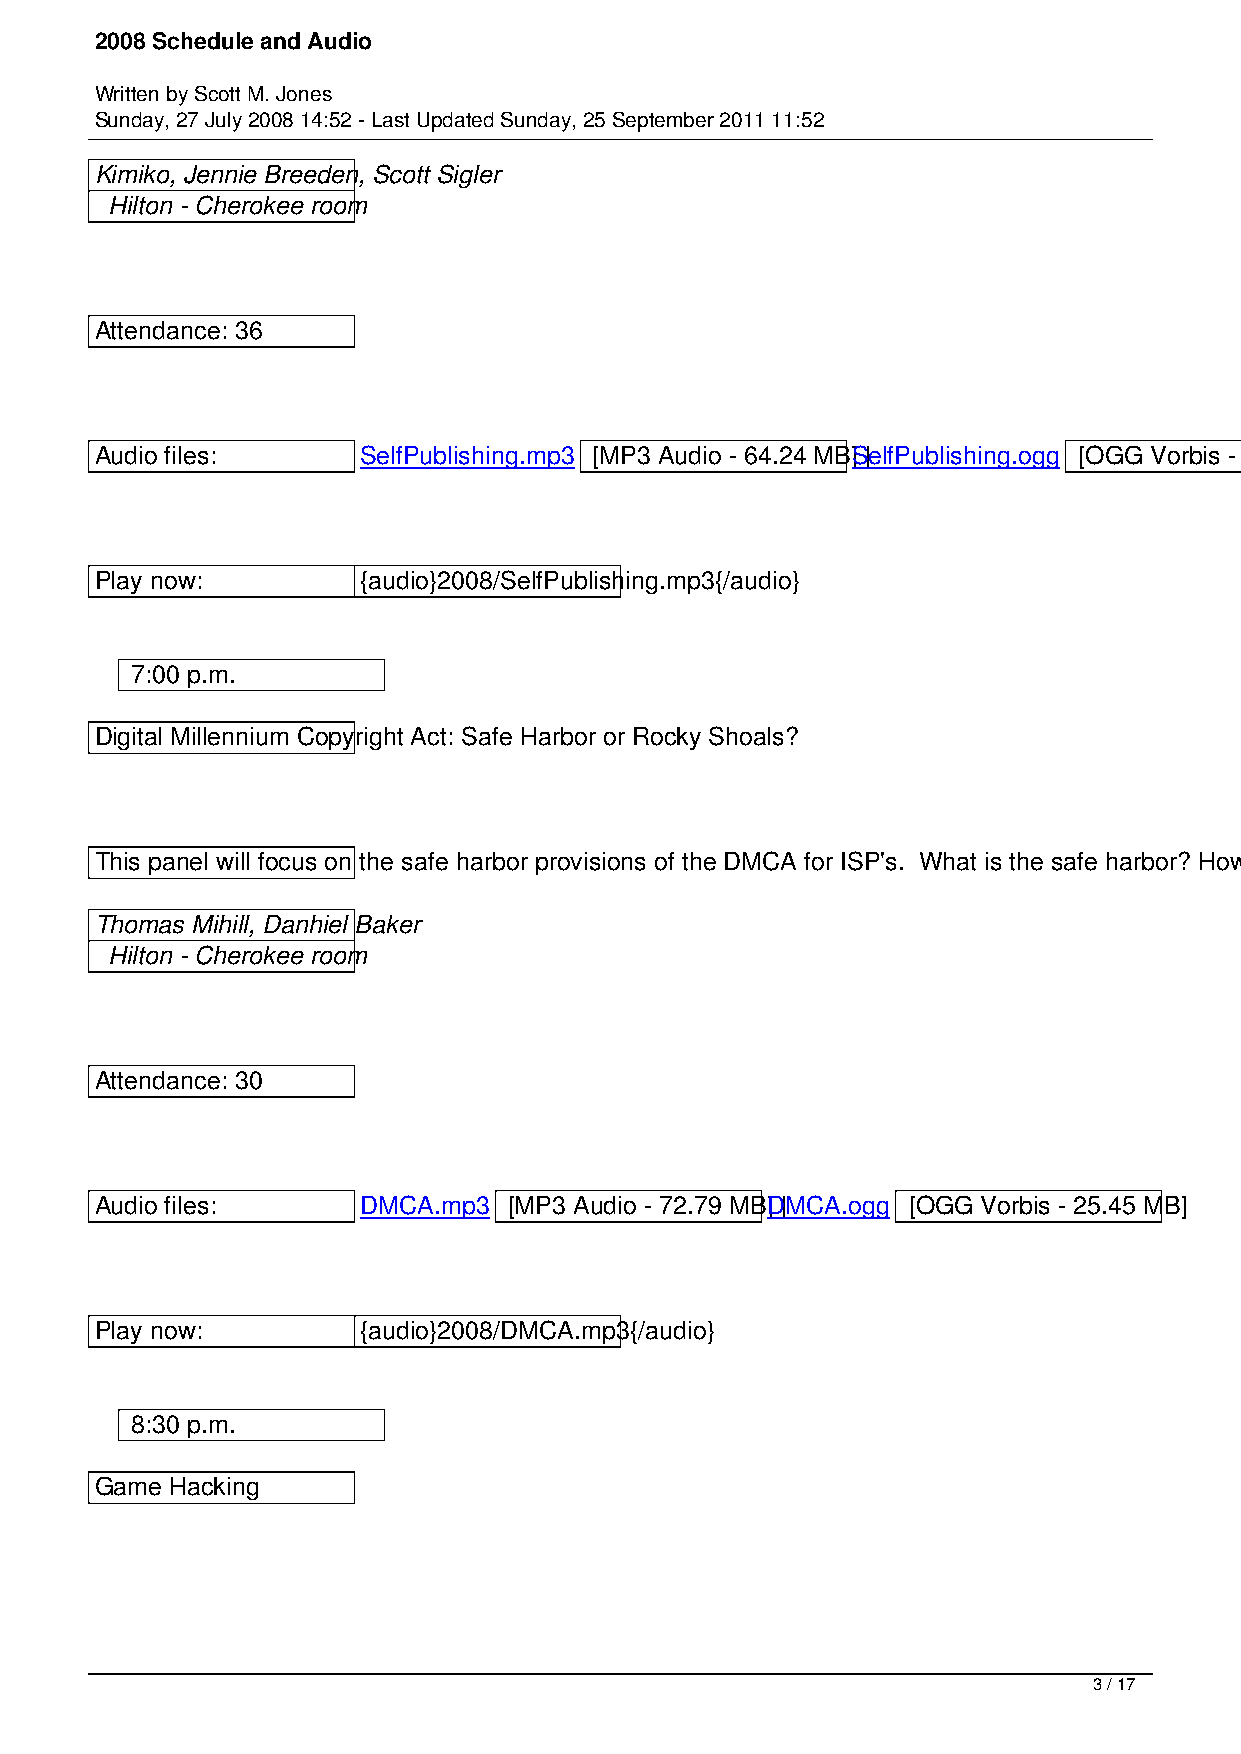
2008 Schedule and Audio
 Written by Scott M. Jones
 Sunday, 27 July 2008 14:52 - Last Updated Sunday, 25 September 2011 11:52
 Kimiko, Jennie Breeden, Scott Sigler
 Hilton - Cherokee room
 Attendance: 36
 Audio files:      SelfPublishing.mp3 [MP3 Audio - 64.24 MB]S |e lfPublishing.ogg [OGG Vorbis - 22.92 MB]
 Play now:         {audio}2008/SelfPublishing.mp3{/audio}
 7:00 p.m.
 Digital Millennium Copyright Act: Safe Harbor or Rocky Shoals?
 This panel will focus on the safe harbor provisions of the DMCA for ISP's. What is the safe harbor? How does one get or lose the protections against secondary liability? Is a social networking site an ISP? What about virtual worlds and MMO's?
 Thomas Mihill, Danhiel Baker
 Hilton - Cherokee room
 Attendance: 30
 Audio files:      DMCA.mp3  [MP3 Audio - 72.79 MB]D |M CA.ogg [OGG Vorbis - 25.45 MB]
 Play now:         {audio}2008/DMCA.mp3{/audio}
 8:30 p.m.
 Game Hacking
 3 / 17